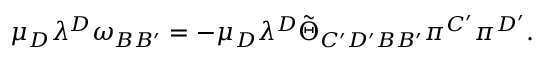
\mu _ { D } \lambda ^ { D } \omega _ { B B ^ { \prime } } = - \mu _ { D } \lambda ^ { D } \tilde { \Theta } _ { C ^ { \prime } D ^ { \prime } B B ^ { \prime } } \pi ^ { C ^ { \prime } } \pi ^ { D ^ { \prime } } .